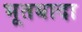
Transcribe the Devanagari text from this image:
भूतबादा